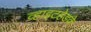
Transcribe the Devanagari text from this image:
व्हाइटहेडके